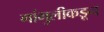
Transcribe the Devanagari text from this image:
गांगुलीकडून